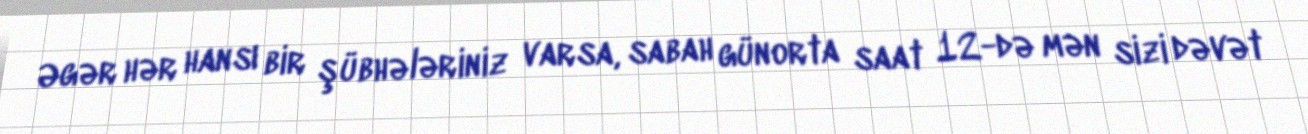
Əgər hər hansı bir şübhələriniz varsa, sabah günorta saat 12-də mən sizi dəvət